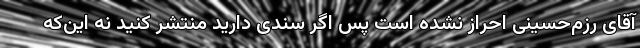
آقای رزم‌حسینی احراز نشده است پس اگر سندی دارید منتشر کنید نه این‌که